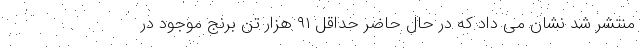
منتشر شد نشان می داد که در حال حاضر حداقل ۹۱ هزار تن برنج موجود در